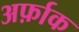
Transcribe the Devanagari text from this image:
अर्फ़ाक